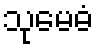
သုမေဓံ